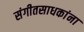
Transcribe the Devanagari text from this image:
संगीतसाधकांना